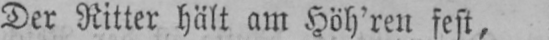
Der Ritter hält am Höh’ren fest,